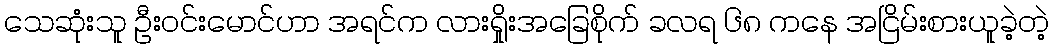
သေဆုံးသူ ဦးဝင်းမောင်ဟာ အရင်က လားရှိုးအခြေစိုက် ခလရ ၆၈ ကနေ အငြိမ်းစားယူခဲ့တဲ့